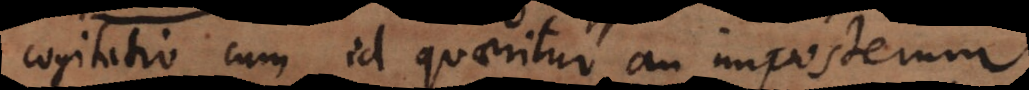
cogitatio cum id quaeritur an imposterum